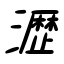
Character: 瀝